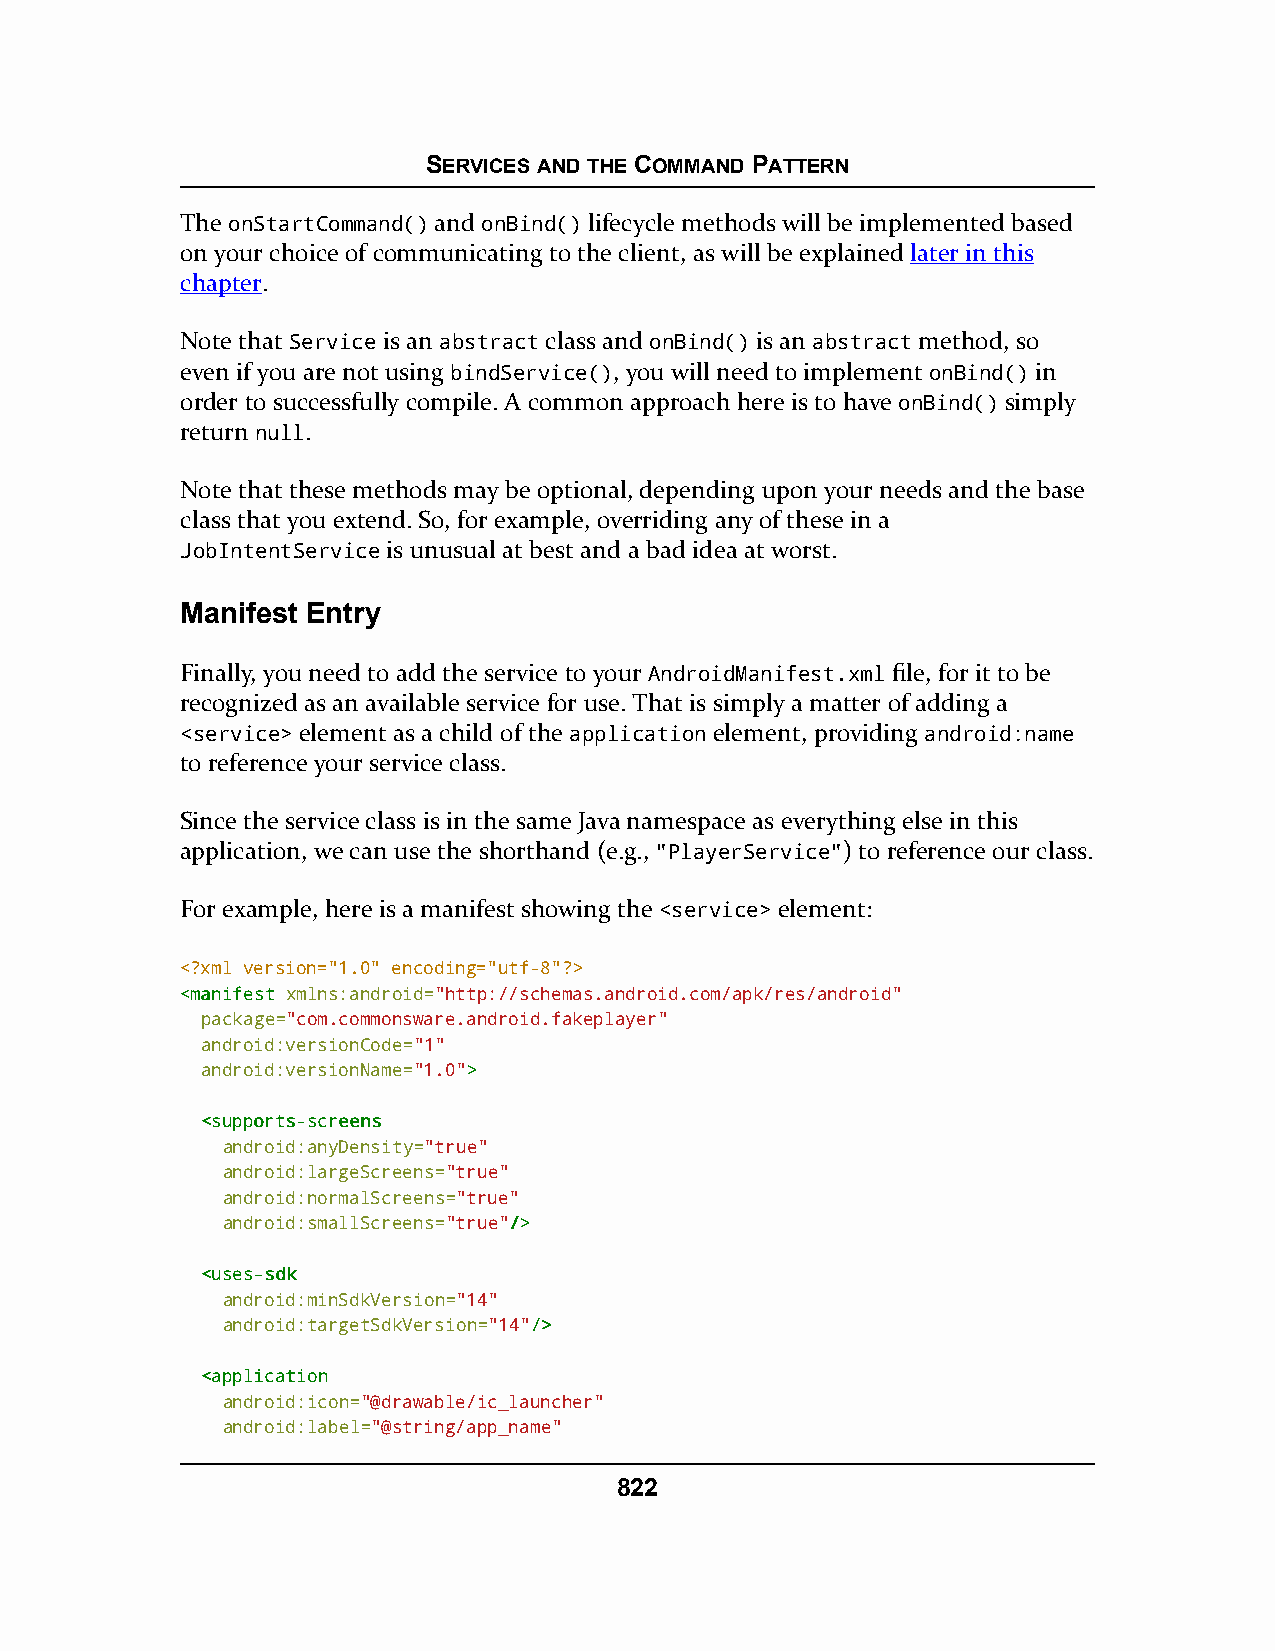
SERVICES AND THE COMMAND PATTERN
 The onStartCommand() and onBind() lifecycle methods will be implemented based
 on your choice of communicating to the client, as will be explained later in this
 chapter.
 Note that Service is an abstract class and onBind() is an abstract method, so
 even if you are not using bindService(), you will need to implement onBind() in
 order to successfully compile. A common approach here is to have onBind() simply
 return null.
 Note that these methods may be optional, depending upon your needs and the base
 class that you extend. So, for example, overriding any of these in a
 JobIntentService is unusual at best and a bad idea at worst.
 Manifest Entry
 Finally, you need to add the service to your AndroidManifest.xml file, for it to be
 recognized as an available service for use. That is simply a matter of adding a
 <service> element as a child of the application element, providing android:name
 to reference your service class.
 Since the service class is in the same Java namespace as everything else in this
 application, we can use the shorthand (e.g., "PlayerService") to reference our class.
 For example, here is a manifest showing the <service> element:
 <?xml version="1.0" encoding="utf-8"?>
 <<mmaanniiffeesstt xmlns:android="http://schemas.android.com/apk/res/android"
 package="com.commonsware.android.fakeplayer"
 android:versionCode="1"
 android:versionName="1.0">>
 <<ssuuppppoorrttss--ssccrreeeennss
 android:anyDensity="true"
 android:largeScreens="true"
 android:normalScreens="true"
 android:smallScreens="true"//>>
 <<uusseess--ssddkk
 android:minSdkVersion="14"
 android:targetSdkVersion="14"//>>
 <<aapppplliiccaattiioonn
 android:icon="@drawable/ic_launcher"
 android:label="@string/app_name"
 822